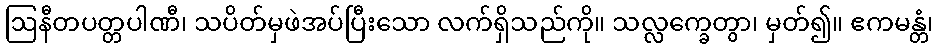
ဩနီတပတ္တပါဏီ၊ သပိတ်မှဖဲအပ်ပြီးသော လက်ရှိသည်ကို။ သလ္လက္ခေတွာ၊ မှတ်၍။ ဧကမန္တံ၊